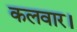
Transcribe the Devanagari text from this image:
कलवार।